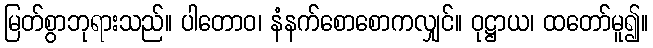
မြတ်စွာဘုရားသည်။ ပါတောဝ၊ နံနက်စောစောကလျှင်။ ဝုဋ္ဌာယ၊ ထတော်မူ၍။